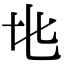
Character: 𬼙